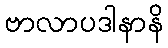
ဗာလာပဒါနာနိ